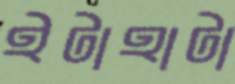
ইটাহাটা